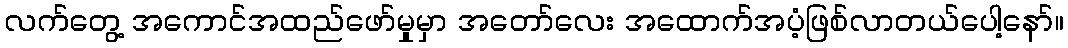
လက်တွေ့ အကောင်အထည်ဖော်မှုမှာ အတော်လေး အထောက်အပံ့ဖြစ်လာတယ်ပေါ့နော်။